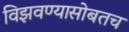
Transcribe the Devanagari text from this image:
विझवण्यासोबतच